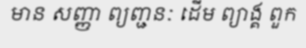
មាន សញ្ញា ព្យញ្ជនៈ ដើម ព្យាង្គ ពួក